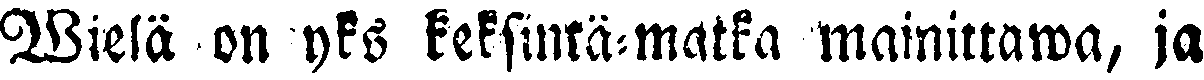
Wielä on yks keksintä-matka mainittawa, ja